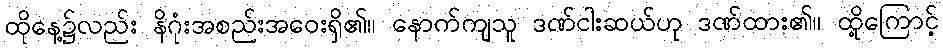
ထိုနေ့၌လည်း နိဂုံးအစည်းအဝေးရှိ၏။ နောက်ကျသူ ဒဏ်ငါးဆယ်ဟု ဒဏ်ထား၏။ ထို့ကြောင့်